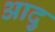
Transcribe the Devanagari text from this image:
आदु